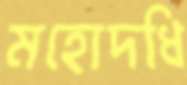
মহোদধি